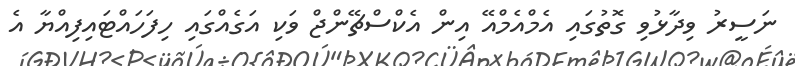
ނަސީރު ވިދާޅުވި ގޮތުގައި އެމްއެމްއޭ އިން އެކްސްޗޭންޖް ވަކި އަގެއްގައި ހިފަހައްޓައިފިއްޔާ އެ